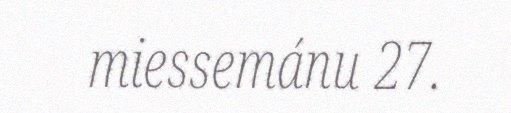
miessemánu 27.